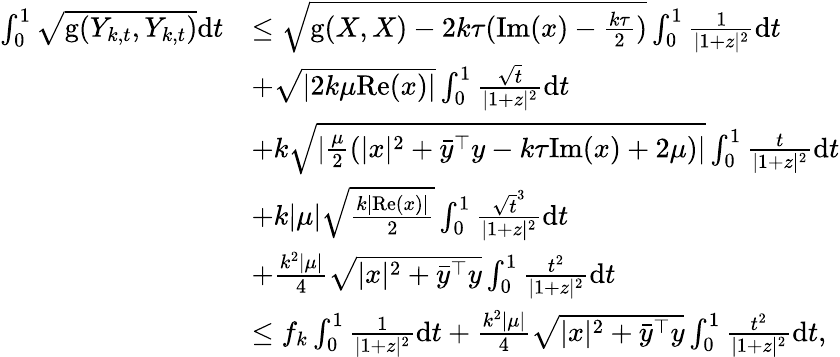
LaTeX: \begin{array}{rl}{\int_{0}^{1}\sqrt{\mathrm{g}(Y_{k,t},Y_{k,t})}\mathrm{d}t}&{\leq\sqrt{\mathrm{g}(X,X)-2k\tau(\mathrm{Im}(x)-\frac{k\tau}{2})}\int_{0}^{1}\frac{1}{|1+z|^{2}}\mathrm{d}t}\\ &{+\sqrt{|2k\mu\mathrm{Re}(x)|}\int_{0}^{1}\frac{\sqrt{t}}{|1+z|^{2}}\mathrm{d}t}\\ &{+k\sqrt{|\frac{\mu}{2}(|x|^{2}+\bar{y}^{\top}y-k\tau\mathrm{Im}(x)+2\mu)|}\int_{0}^{1}\frac{t}{|1+z|^{2}}\mathrm{d}t}\\ &{+k|\mu|\sqrt{\frac{k|\mathrm{Re}(x)|}{2}}\int_{0}^{1}\frac{\sqrt{t}^{3}}{|1+z|^{2}}\mathrm{d}t}\\ &{+\frac{k^{2}|\mu|}{4}\sqrt{|x|^{2}+\bar{y}^{\top}y}\int_{0}^{1}\frac{t^{2}}{|1+z|^{2}}\mathrm{d}t}\\ &{\leq f_{k}\int_{0}^{1}\frac{1}{|1+z|^{2}}\mathrm{d}t+\frac{k^{2}|\mu|}{4}\sqrt{|x|^{2}+\bar{y}^{\top}y}\int_{0}^{1}\frac{t^{2}}{|1+z|^{2}}\mathrm{d}t,}\end{array}